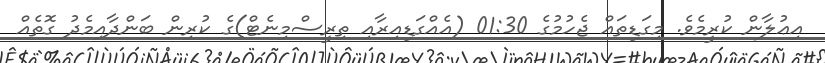
އިޢުލާން ކުރީމެވެ. މިގަޑިތައް ޖެހުމުގެ 01:30 (އެއްގަޑިއިރާއި ތިރީސްމިނެޓް)ގެ ކުރިން ބަންދާއިމެދު ގޮތެއް